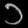
Digit: ၁